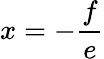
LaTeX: x=-{\frac{f}{e}}